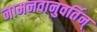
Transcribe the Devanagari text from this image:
नामनवानुवर्तिन्